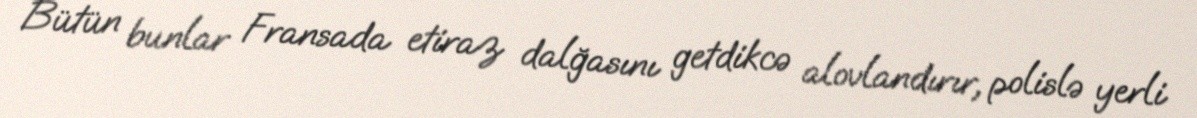
Bütün bunlar Fransada etiraz dalğasını getdikcə alovlandırır, polislə yerli